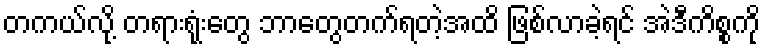
တကယ်လို့ တရားရုံးတွေ ဘာတွေတက်ရတဲ့အထိ ဖြစ်လာခဲ့ရင် အဲဒီကိစ္စကို